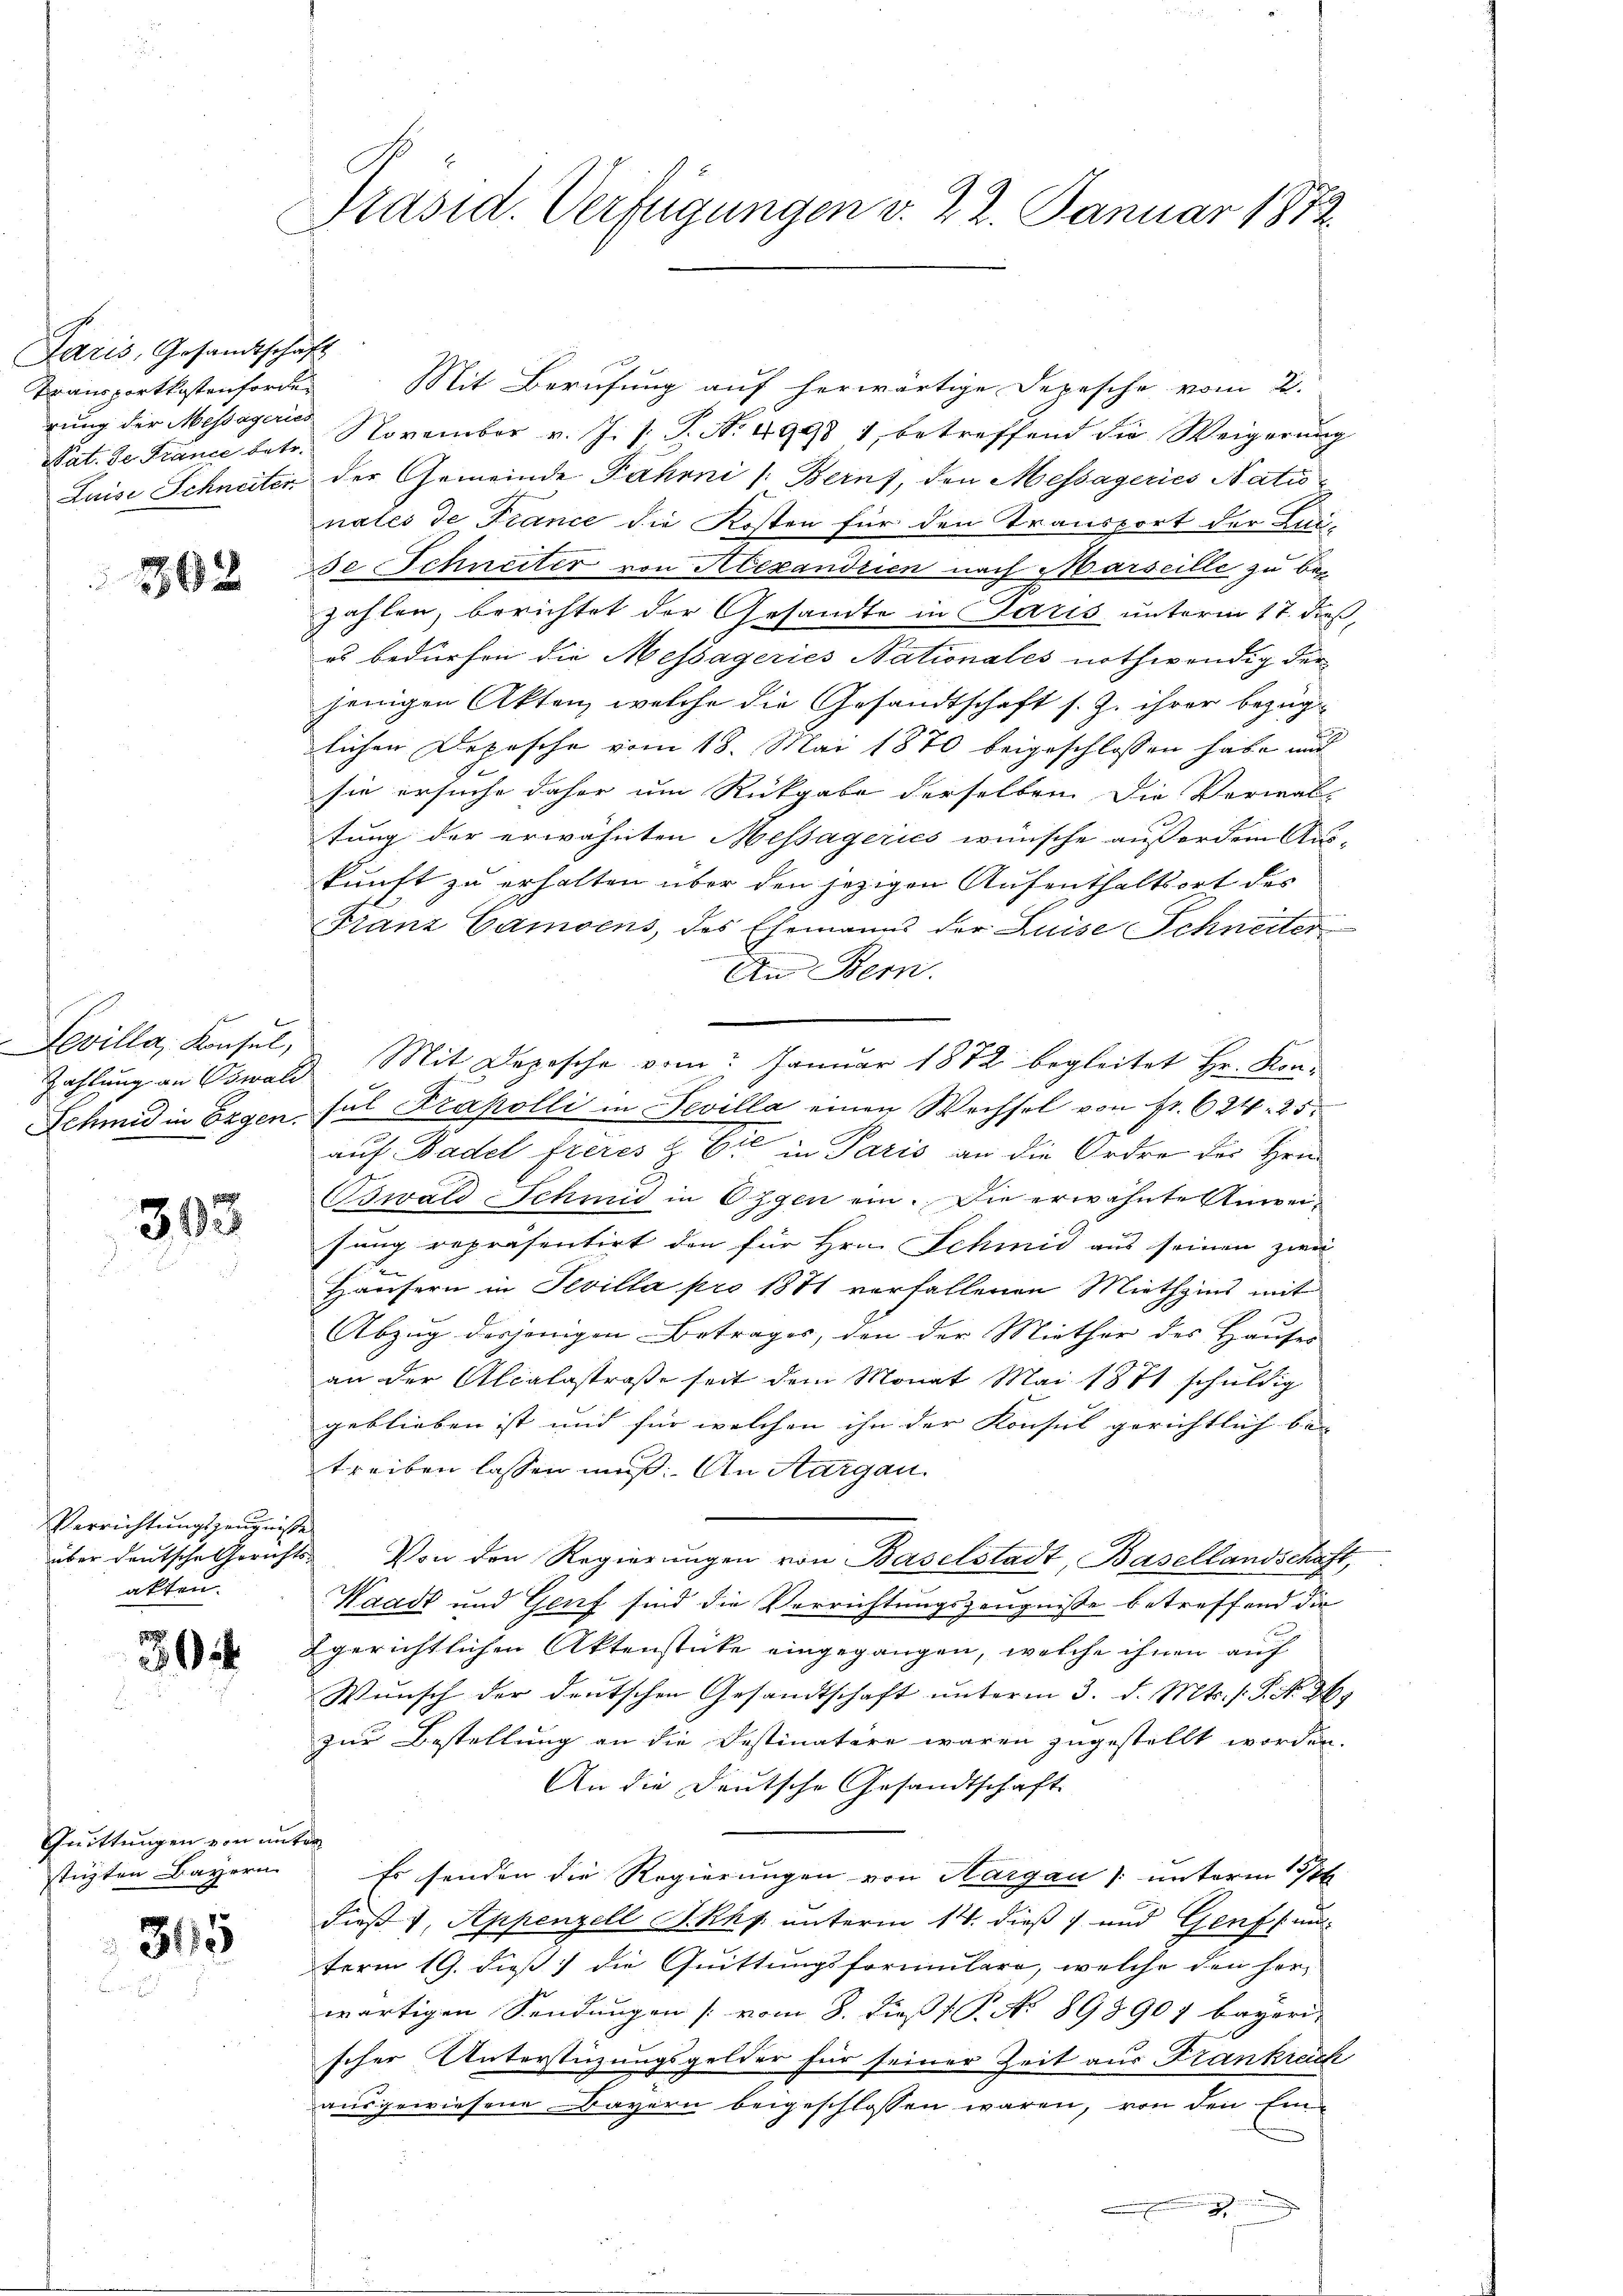
Paris, Gesandtschaft
Transportkostenforden
rung der Messägerier

302

Levilla, Konsul,

393

Verrichtungszeugniße
akten.

1
2

Quittungen von unter
stüzten Bayern

315

Präsid. Verfügungen v. 22. Januar 1872

Mit Berufung auf herwärtige Depesche vom 2.
Pat. Se France betr. November v. J. J. P. Nr. 4998 1, betreffend die Weigerŭng
Luise Schneiter der Gemeinde Fahrni (Bern, den Messageries Nationales de France die Kosten für den Transport der Lui-
Ie Schneiter von Alexandrien nach Marseille zu bezahlen, berichtet der Gesandte in Paris unterm 17. dieß,
es bedürfen die Messageries Nationales nothwendig der
jenigen Akten, welche die Gesandtschaft s. Z. ihrer bezüglichen Depesche vom 18. Mai 1870 beigeschlossen habe, und
sie ersuche daher um Rückgabe derselben die Verwal-
tung der erwähnten Messagerics wünsche außerdem Aus-
kunft zu erhalten über den jezigen Aufenthaltsort des
Franz Camsens, des Ehemanns der Luise Schneiter
An Bern.
Zahlung an Oswald Mit Depesche vom Januar 1872 begleitet Hr. Kon¬
Schmid in Exgen, sul Krapolli in Fevilla einen Wechsel von Fr. 624. 25.
auf Basel freres z. Er in Paris an die Ordre der Hrn.
Bswald-Schmid in Eigen ein. Die erwähnte Anweisung repräsentirt den für Hrn. Schmid aus seinen zwei
Häusern in Sevilla pro 1871 verfallenen Miethzins mit
Abzug desjenigen Betrages, den der Miether des Hauses |
an der Alcalastraße seit dem Monat Mai 1871 schuldig
geblieben ist und für welchen ihn der Konsul gerichtlich be- |
treiben lassen muß. An Aargau.
über deutsche Gerichts- Von den Regierungen von Baselstadt, Basellandschaft,
Waadt und Genf sind die Verrichtungszeugnisse betreffend die
2gerichtlichen Aktenstücke eingegangen, welche ihnen auch
Wunsch der deutschen Gesandtschaft unterm 3. d. Mts. f. P. Nr. 269
zur Bestellung an die Destinature waren zugestellt worden.
An die Deutsche Gesandtschaft
Es senden die Regierungen von Aargau unterm 16
dieß 1, Appenzell I.Rh. unterm 14. dieß) und Genf (unterm 19. dieß) die Quittungsformulare, welche den her-
wärtigen Sendungen [vom 8. dieß P. No 898907 bayeri-
scher Unterstüzungsgelder für seiner Zeit aus Frankreich
ausgewiesene Bayern beigeschlossen wären, von den Ein¬
.